Black-water fever - Number 35
Disease focus: Fever
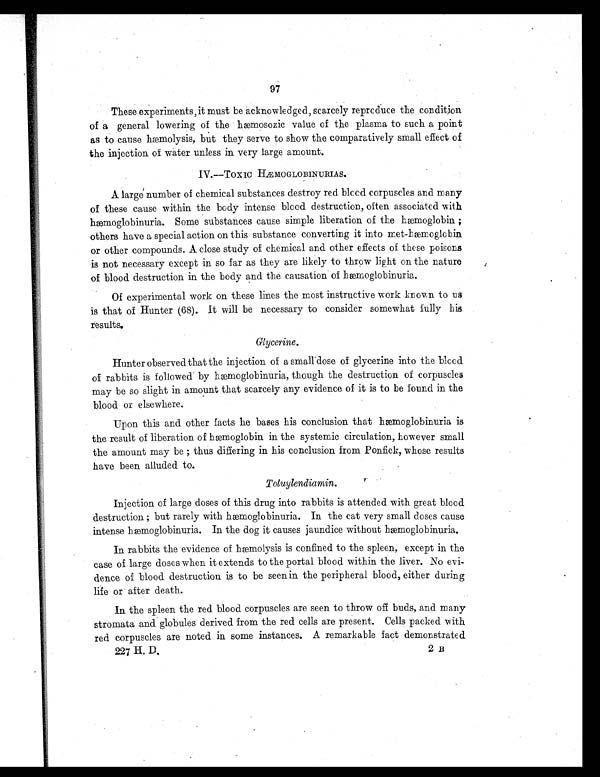
97
These experiments, it must be acknowledged, scarcely reproduce the condition
of a general lowering of the hæmosozic value of the plasma to such a point
as to cause hæmolysis, but they serve to show the comparatively small effect of
the injection of water unless in very large amount.
A large number of chemical substances destroy red blood corpuscles and many
of these cause within the body intense blood destruction, often associated with
hæmoglobinuria. Some substances cause simple liberation of the hæmoglobin;
others have a special action on this substance converting it into met-hæmoglobin
or other compounds. A close study of chemical and other effects of these poisons
is not necessary except in so far as they are likely to throw light on the nature
of blood destruction in the body and the causation of hæmoglobinuria.
Of experimental work on these lines the most instructive work known to us
is that of Hunter (68). It will be necessary to consider somewhat fully his
results.
Glycerine.
Hunter observed that the injection of a small dose of glycerine into the blood
of rabbits is followed by hæmoglobinuria, though the destruction of corpuscles
may be so slight in amount that scarcely any evidence of it is to be found in the
blood or elsewhere.
Upon this and other facts he bases his conclusion that hæmoglobinuria is
the result of liberation of hæmoglobin in the systemic circulation, however small
the amount may be ; thus differing in his conclusion from Ponfick, whose results
have been alluded to.
Toluylendiamin.
Injection of large doses of this drug into rabbits is attended with great blood
destruction ; but rarely with hæmoglobinuria. In the cat very small doses cause
i n t e n s e h æmo g l o b i n u r i a . I n t h e d o g i t c a u s e s j a u n d i c e wi t h o u t h æmo g l o b i n u r i a .
In rabbits the evidence of hæmolysis is confined to the spleen, except in the
case of large doses when it extends to the portal blood within the liver. No evi-
dence of blood destruction is to be seen in the peripheral blood, either during
life or after death.
In the spleen the red blood corpuscles are seen to throw off buds, and many
stromata and globules derived from the red cells are present. Cells packed with
red corpuscles are noted in some instances. A remarkable fact demonstrated
227 H. D.
2 B